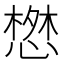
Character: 𢠘